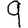
Digit: 9